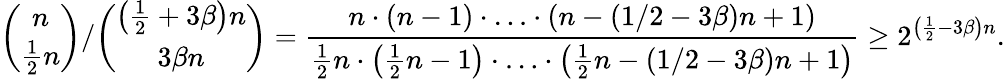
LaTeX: \binom{n}{\frac{1}{2}n}/\binom{\left(\frac{1}{2}+3\beta\right)n}{3\beta n}=\frac{n\cdot\left(n-1\right)\cdot\ldots\cdot\left(n-\left(1/2-3\beta\right)n+1\right)}{\frac{1}{2}n\cdot\left(\frac{1}{2}n-1\right)\cdot\ldots\cdot\left(\frac{1}{2}n-\left(1/2-3\beta\right)n+1\right)}\ge 2^{\left(\frac{1}{2}-3\beta\right)n}.